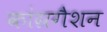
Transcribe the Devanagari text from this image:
कांग्रगैशन